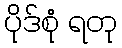
ပိုဒ်စုံ ရတု